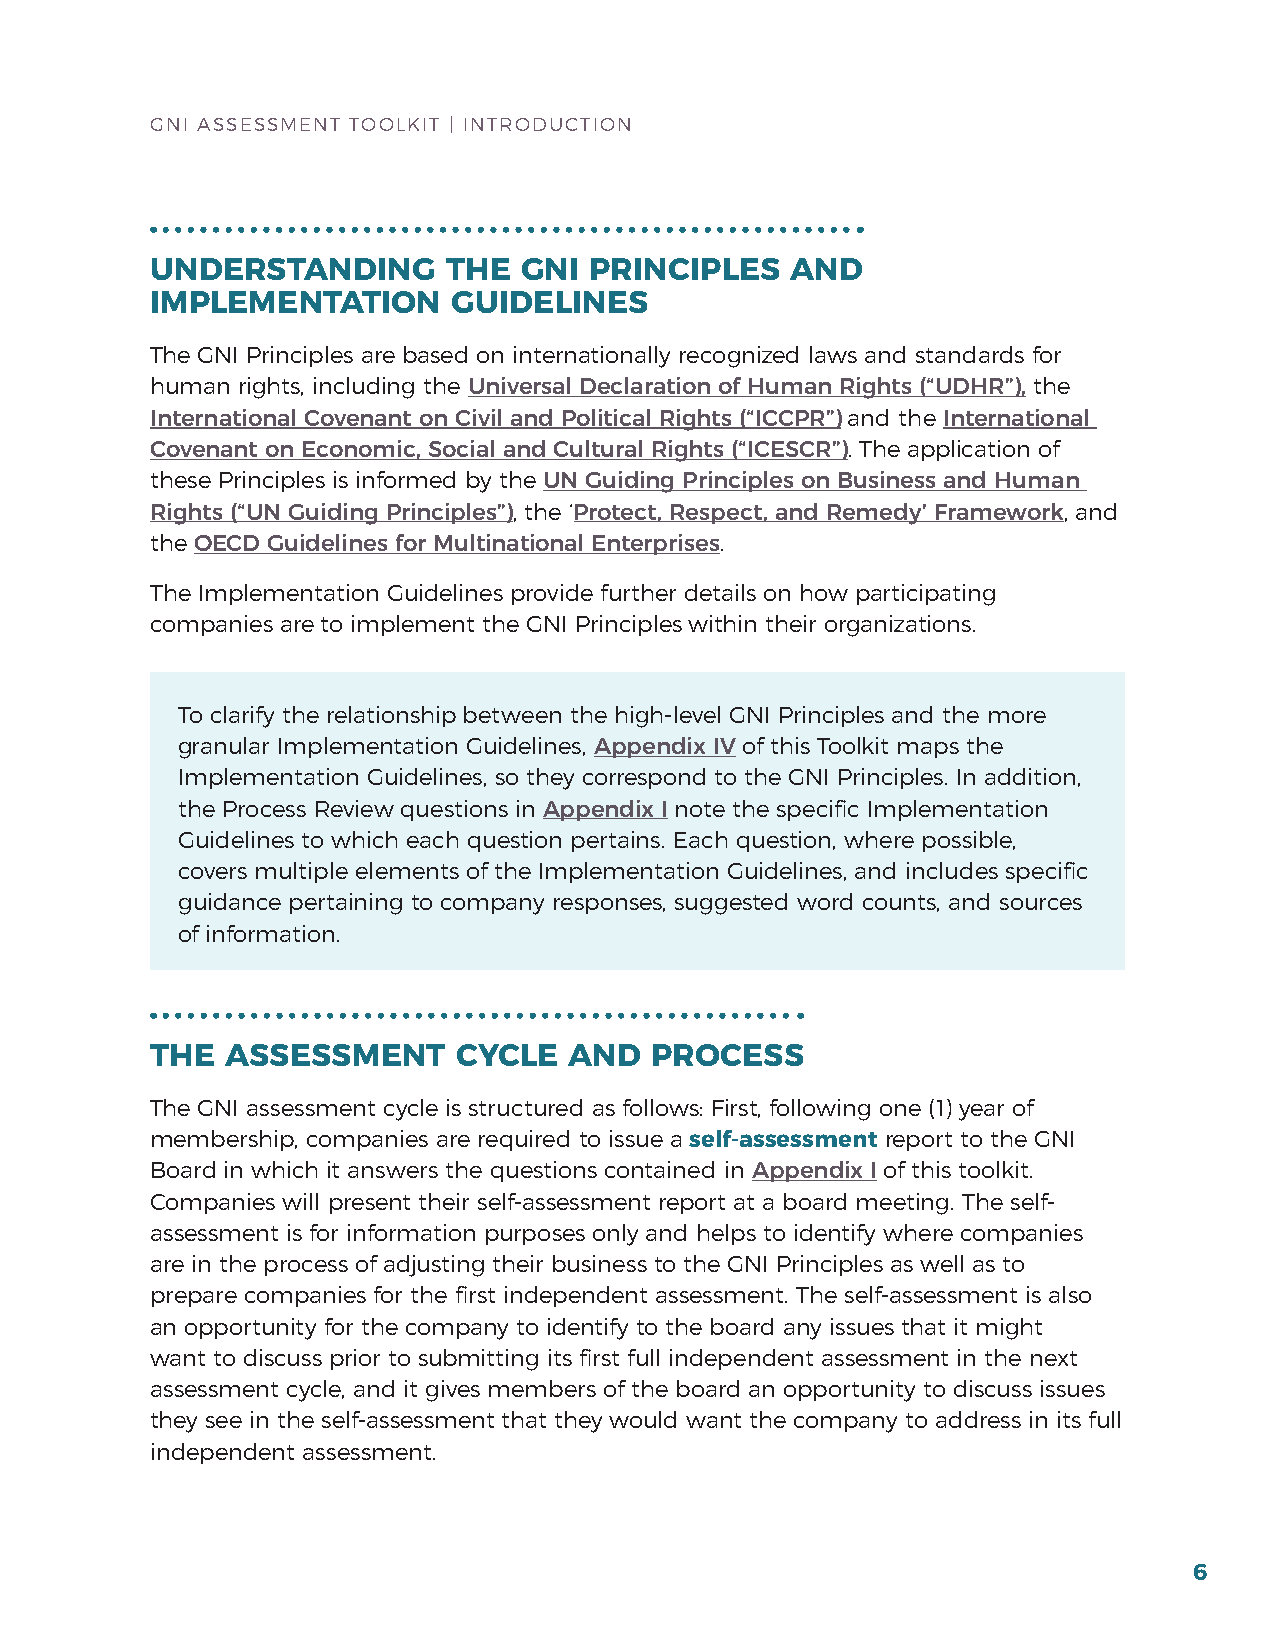
GNI ASSESSMENT TOOLKIT | INTrODuCTION
 UNDERSTANDING       THE  GNI PRINCIPLES   AND
 IMPLEMENTATION      GUIDELINES
 The GNI Principles are based on internationally recognized laws and standards for
 human rights, including the Universal Declaration of Human Rights (“UDHR”), the
 International Covenant on Civil and Political Rights (“ICCPR”) and the International
 Covenant on Economic, Social and Cultural Rights (“ICESCR”). The application of
 these Principles is informed by the UN Guiding Principles on Business and Human
 Rights (“UN Guiding Principles”), the ‘Protect, Respect, and Remedy’ Framework, and
 the OECD Guidelines for Multinational Enterprises.
 The Implementation Guidelines provide further details on how participating
 companies are to implement the GNI Principles within their organizations.
 To clarify the relationship between the high-level GNI Principles and the more
 granular Implementation Guidelines, Appendix IV of this Toolkit maps the
 Implementation Guidelines, so they correspond to the GNI Principles. In addition,
 the Process review questions in Appendix I note the specific Implementation
 Guidelines to which each question pertains. Each question, where possible,
 covers multiple elements of the Implementation Guidelines, and includes specific
 guidance pertaining to company responses, suggested word counts, and sources
 of information.
 THE  ASSESSMENT     CYCLE   AND  PROCESS
 The GNI assessment cycle is structured as follows: first, following one (1) year of
 membership, companies are required to issue a self-assessment report to the GNI
 board in which it answers the questions contained in Appendix I of this toolkit.
 Companies will present their self-assessment report at a board meeting. The self-
 assessment is for information purposes only and helps to identify where companies
 are in the process of adjusting their business to the GNI Principles as well as to
 prepare companies for the first independent assessment. The self-assessment is also
 an opportunity for the company to identify to the board any issues that it might
 want to discuss prior to submitting its first full independent assessment in the next
 assessment cycle, and it gives members of the board an opportunity to discuss issues
 they see in the self-assessment that they would want the company to address in its full
 independent assessment.
 6